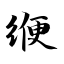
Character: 缏